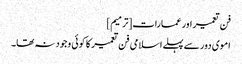
فن تعمیر اور عمارات[ترمیم]
اموی دور سے پہلے اسلامی فن تعمیر کا کوئی وجود نہ تھا۔